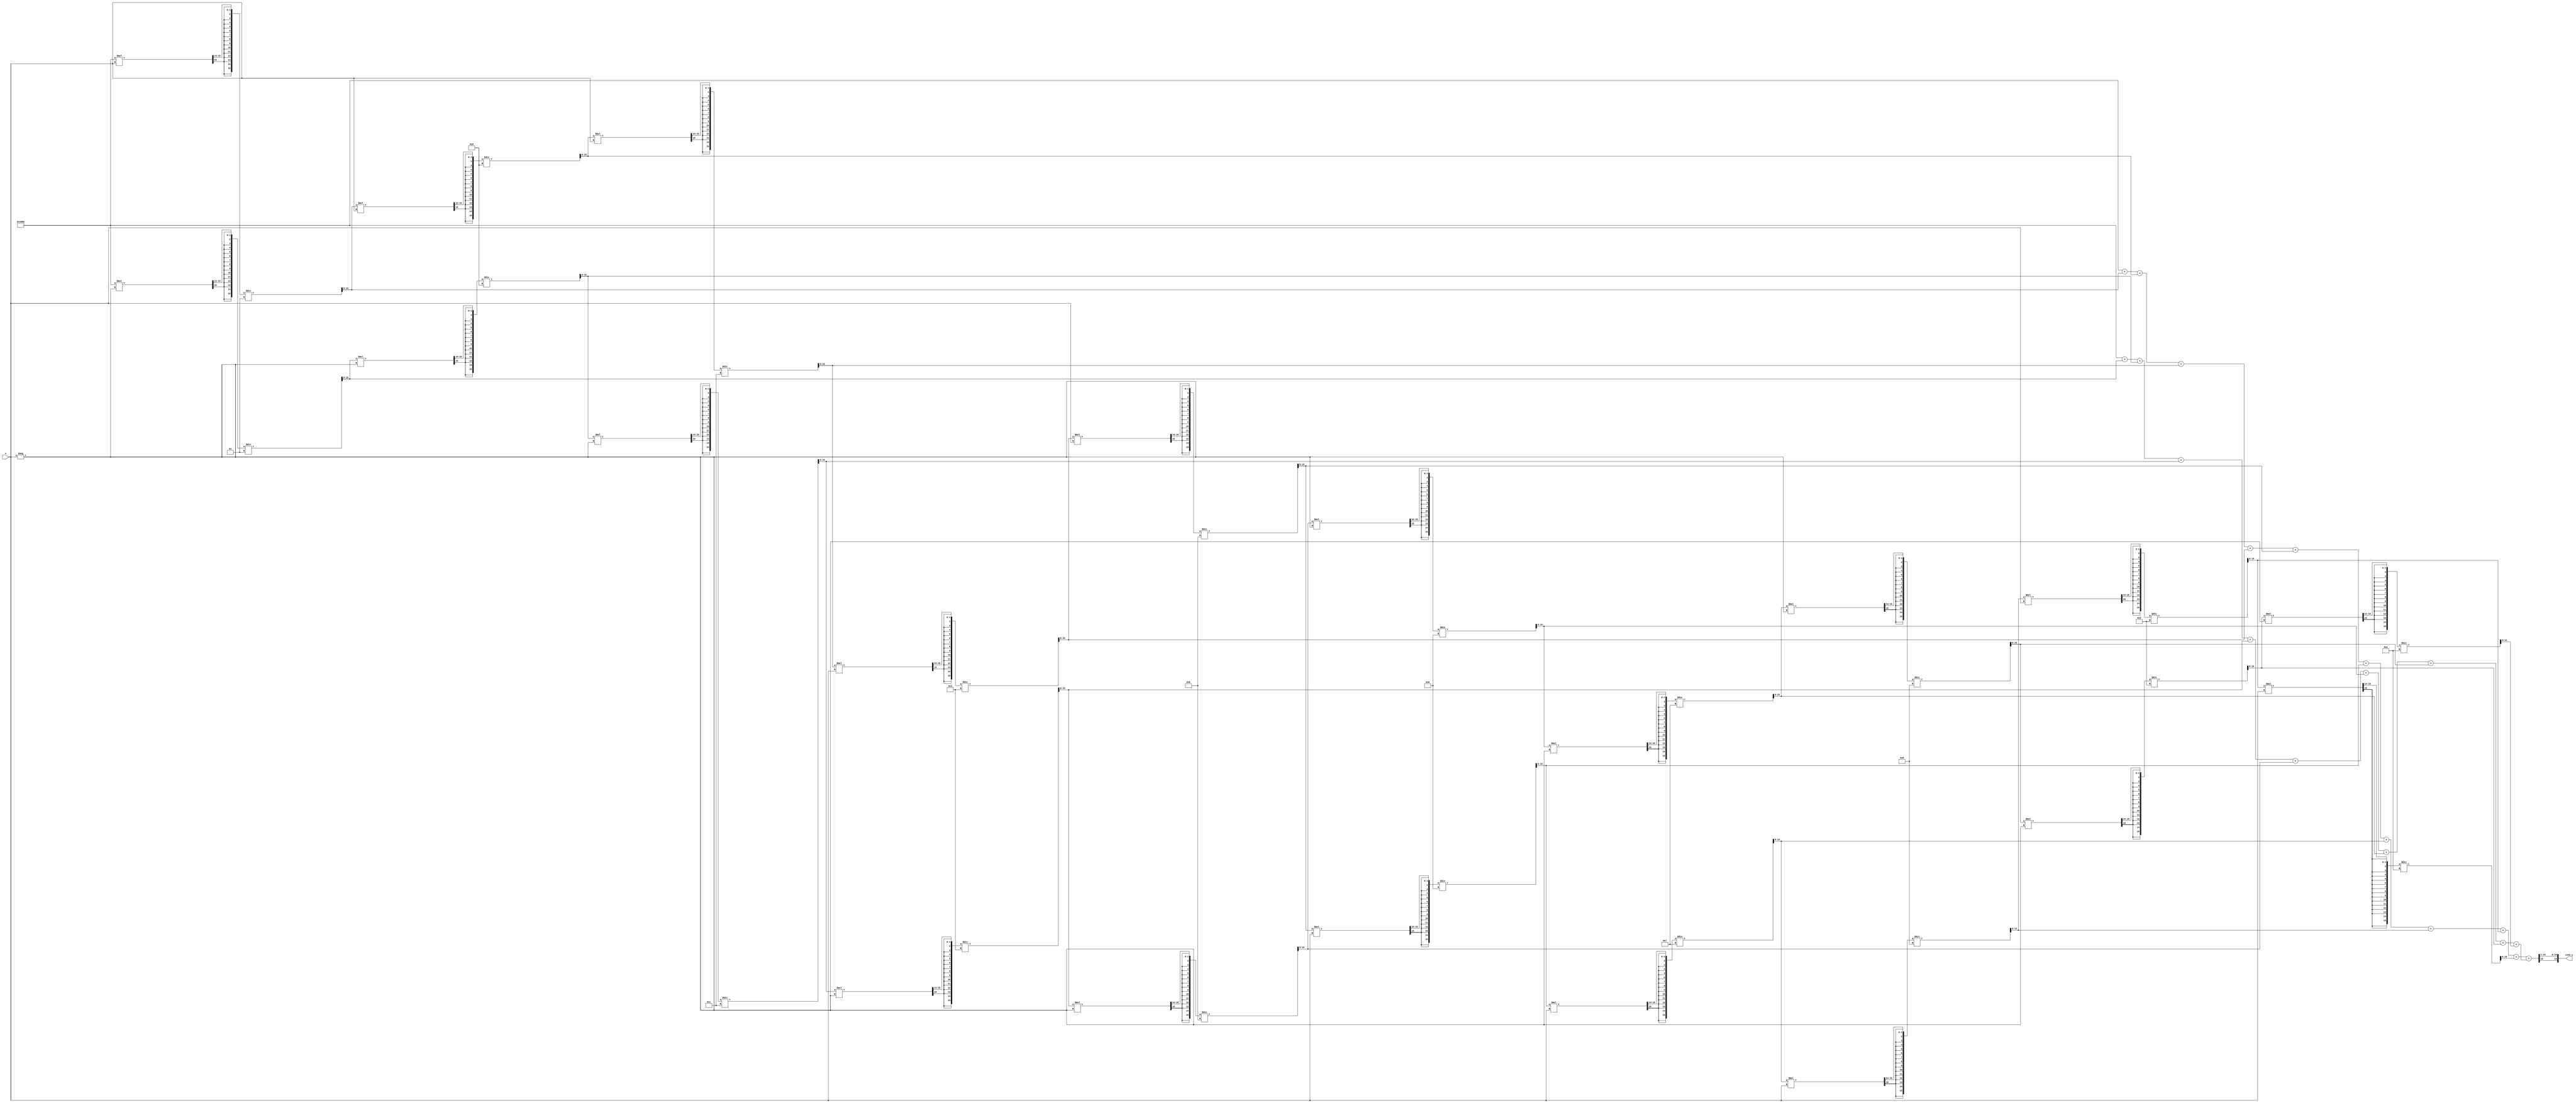
module cosh_block (
    input signed [15:0] x,         // Input: Fixed-point representation of x
    output reg signed [15:0] cosh_x // Output: Fixed-point representation of cosh(x)
);
    // Parameters for fixed-point representation
    parameter Q = 14; // Fractional bits
    parameter MAX_EXP = 15; // Maximum exponent bit-width

    // Internal signals for exponentiation
    reg signed [15:0] exp_x;
    reg signed [15:0] exp_neg_x;
    reg signed [15:0] sum_exp;

    // Exponentiation using a Taylor series approximation
    function signed [15:0] exp_taylor;
        input signed [15:0] input_x;
        integer i;
        reg signed [15:0] term;
        reg signed [15:0] result;
        
        begin
            result = 1 << Q; // Start with 1.0 in fixed-point (2^Q)
            term = 1 << Q;   // First term: 1 (fixed-point)
            for (i = 1; i <= 10; i = i + 1) begin // 10 terms for approximation
                term = (term * input_x) >>> Q;   // Calculate x^i / i!
                term = term / i;                  // Divide by i!
                result = result + term;           // Add term to result
            end
            exp_taylor = result;
        end
    endfunction

    // Main calculation for cosh
    always @(*) begin
        // Calculate e^x
        exp_x = exp_taylor(x);
        // Calculate e^(-x)
        exp_neg_x = exp_taylor(-x);
        // Sum e^x and e^(-x)
        sum_exp = exp_x + exp_neg_x;
        // Divide by 2 to get cosh(x)
        cosh_x = sum_exp >>> 1; // Right shift to divide by 2
    end

endmodule